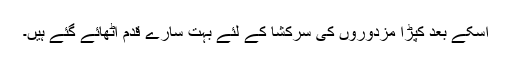
اسکے بعد کپڑا مزدوروں کی سرکشا کے لئے بہت سارے قدم اٹھائے گئے ہیں۔